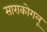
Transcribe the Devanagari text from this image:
साराकोगलू